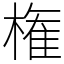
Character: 権